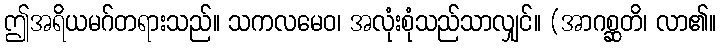
ဤအရိယမဂ်တရားသည်။ သကလမေဝ၊ အလုံးစုံသည်သာလျှင်။ (အာဂစ္ဆတိ၊ လာ၏။